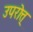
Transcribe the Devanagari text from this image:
उपरोत्त्